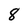
Character: 8